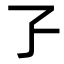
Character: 孒